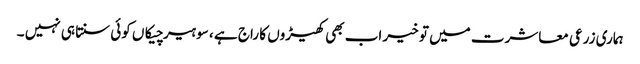
ہماری زرعی معاشرت میں تو خیر اب بھی کھیڑوں کا راج ہے ، سو ہیر چیکاں کوئی سنتا ہی نہیں ۔